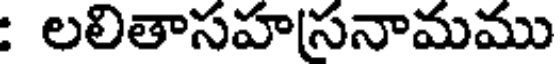
: లలితాసహ(సనామము